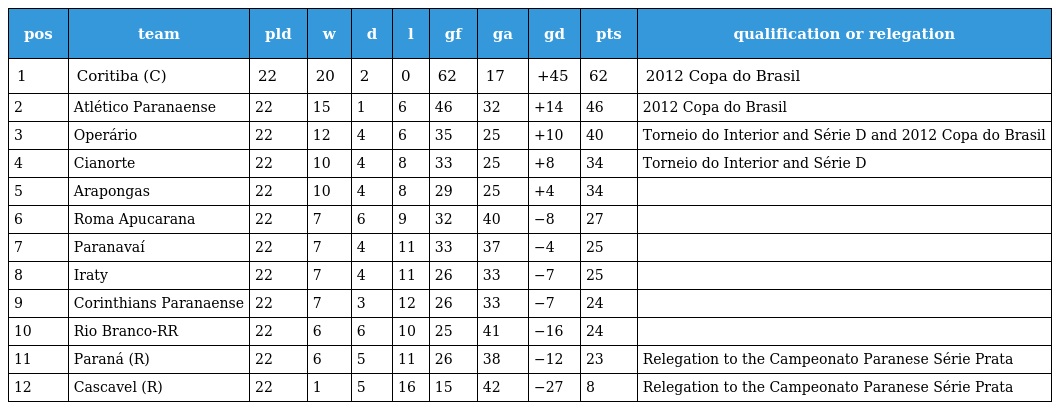
| pos | team | pld | w | d | l | gf | ga | gd | pts | qualification or relegation |
 | --- | --- | --- | --- | --- | --- | --- | --- | --- | --- | --- |
 | 1 | Coritiba (C) | 22 | 20 | 2 | 0 | 62 | 17 | +45 | 62 | 2012 Copa do Brasil |
 | 2 | Atlético Paranaense | 22 | 15 | 1 | 6 | 46 | 32 | +14 | 46 | 2012 Copa do Brasil |
 | 3 | Operário | 22 | 12 | 4 | 6 | 35 | 25 | +10 | 40 | Torneio do Interior and Série D and 2012 Copa do Brasil |
 | 4 | Cianorte | 22 | 10 | 4 | 8 | 33 | 25 | +8 | 34 | Torneio do Interior and Série D |
 | 5 | Arapongas | 22 | 10 | 4 | 8 | 29 | 25 | +4 | 34 |  |
 | 6 | Roma Apucarana | 22 | 7 | 6 | 9 | 32 | 40 | −8 | 27 |  |
 | 7 | Paranavaí | 22 | 7 | 4 | 11 | 33 | 37 | −4 | 25 |  |
 | 8 | Iraty | 22 | 7 | 4 | 11 | 26 | 33 | −7 | 25 |  |
 | 9 | Corinthians Paranaense | 22 | 7 | 3 | 12 | 26 | 33 | −7 | 24 |  |
 | 10 | Rio Branco-RR | 22 | 6 | 6 | 10 | 25 | 41 | −16 | 24 |  |
 | 11 | Paraná (R) | 22 | 6 | 5 | 11 | 26 | 38 | −12 | 23 | Relegation to the Campeonato Paranese Série Prata |
 | 12 | Cascavel (R) | 22 | 1 | 5 | 16 | 15 | 42 | −27 | 8 | Relegation to the Campeonato Paranese Série Prata |